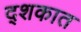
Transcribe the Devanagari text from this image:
द्शकात